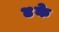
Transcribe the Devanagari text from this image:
४के